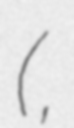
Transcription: (武生駅,